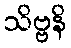
သိဗ္ဗနိ